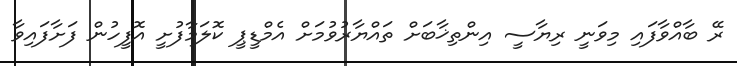
ރޭ ބާއްވާފައި މިވަނީ ރިޔާސީ އިންތިޚާބަށް ތައްޔާރުވުމަށް އެމްޑީޕީ ކޮލަމާފުށީ އޮފީހުން ފަށާފައިވާ